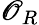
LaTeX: \mathscr{O}_{R}